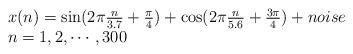
LaTeX: \begin{align*}\begin{array}{l}x(n) = \sin (2\pi \frac{n}{{3.7}} + \frac{\pi }{4}) + \cos (2\pi \frac{n}{{5.6}} + \frac{{3\pi }}{4}) + noise \\ n = 1,2, \cdots ,300 \\ \end{array} \end{align*}